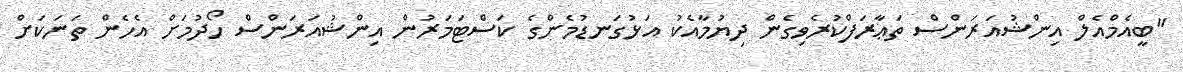
"ބީއެމްއެލް އިންޝުއަރަންސް ތަޢާރަފްކުރެވިގެން ދިޔުމާއެކު އަޅުގަނޑުމެންގެ ކަސްޓަމަރުން އިންޝުއަރަންސް ހޯދުމަށް އެހެން ތަނަކަށް